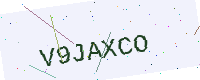
Text: V9JAXCO